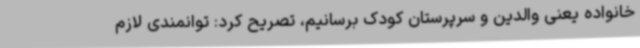
خانواده یعنی والدین و سرپرستان کودک برسانیم، تصریح کرد: توانمندی لازم